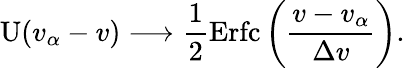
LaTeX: \mathrm{U}(v_{\alpha}-v)\longrightarrow\frac{1}{2}\mathrm{Erfc}\left(\frac{v-v_{\alpha}}{\Delta v}\right).